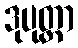
ဒုပုတ္တာ